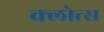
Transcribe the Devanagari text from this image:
क्लोत्स